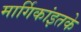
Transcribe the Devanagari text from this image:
मार्गिकांइतके